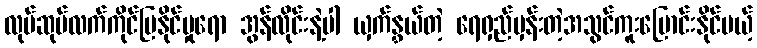
လုပ်ဆုပ်လက်ကိုင်ပြနိုင်မှုရော အွန်လိုင်းနဲ့ပါ ယှက်နွှယ်တဲ့ ရေရှည်မှန်းတဲ့အသွင်ကူးပြောင်းနိုင်မယ့်